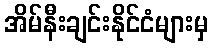
အိမ်နီးချင်းနိုင်ငံများမှ